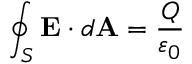
\oint _ { S } \mathbf { E } \cdot d \mathbf { A } = { \frac { Q } { \varepsilon _ { 0 } } }